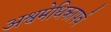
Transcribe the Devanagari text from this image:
अश्वमेधिकापर्व